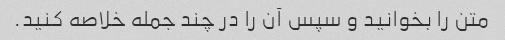
متن را بخوانید و سپس آن را در چند جمله خلاصه کنید.